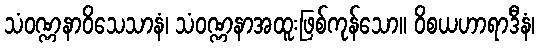
သံဝဏ္ဏနာဝိသေသာနံ၊ သံဝဏ္ဏနာအထူးဖြစ်ကုန်သော။ ဝိစယဟာရာဒီနံ၊